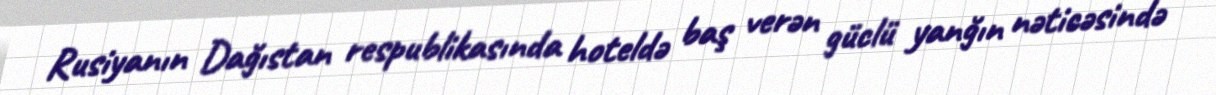
Rusiyanın Dağıstan respublikasında hoteldə baş verən güclü yanğın nəticəsində